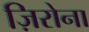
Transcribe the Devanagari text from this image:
ज़िरोना